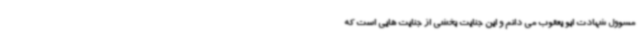
مسوول شهادت ابو یعقوب می دانم و این جنایت بخشی از جنایت هایی است که